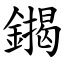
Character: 䥟